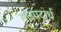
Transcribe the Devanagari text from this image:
मलपदार्थ